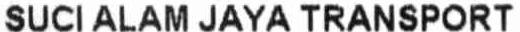
SUCI ALAM JAYA TRANSPORT